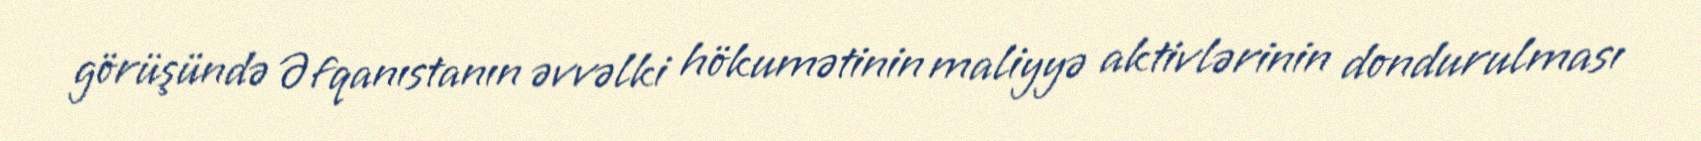
görüşündə Əfqanıstanın əvvəlki hökumətinin maliyyə aktivlərinin dondurulması